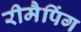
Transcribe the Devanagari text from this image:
रीमैपिंग